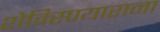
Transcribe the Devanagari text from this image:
शेक्स्पियाराना